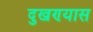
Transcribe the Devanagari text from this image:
दुखण्यास